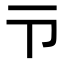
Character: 𪜁